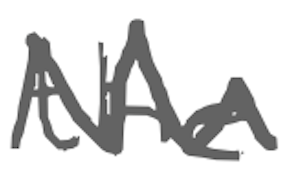
Text: the
Cross-out: zig-zag
Writing tool: digital_gray